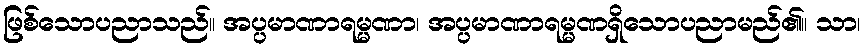
ဖြစ်သောပညာသည်။ အပ္ပမာဏာရမ္မဏာ၊ အပ္ပမာဏာရမ္မဏရှိသောပညာမည်၏။ သာ၊